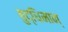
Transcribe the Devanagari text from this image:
बुद्धिमान्‌